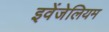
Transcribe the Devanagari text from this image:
इवेंजेलियम